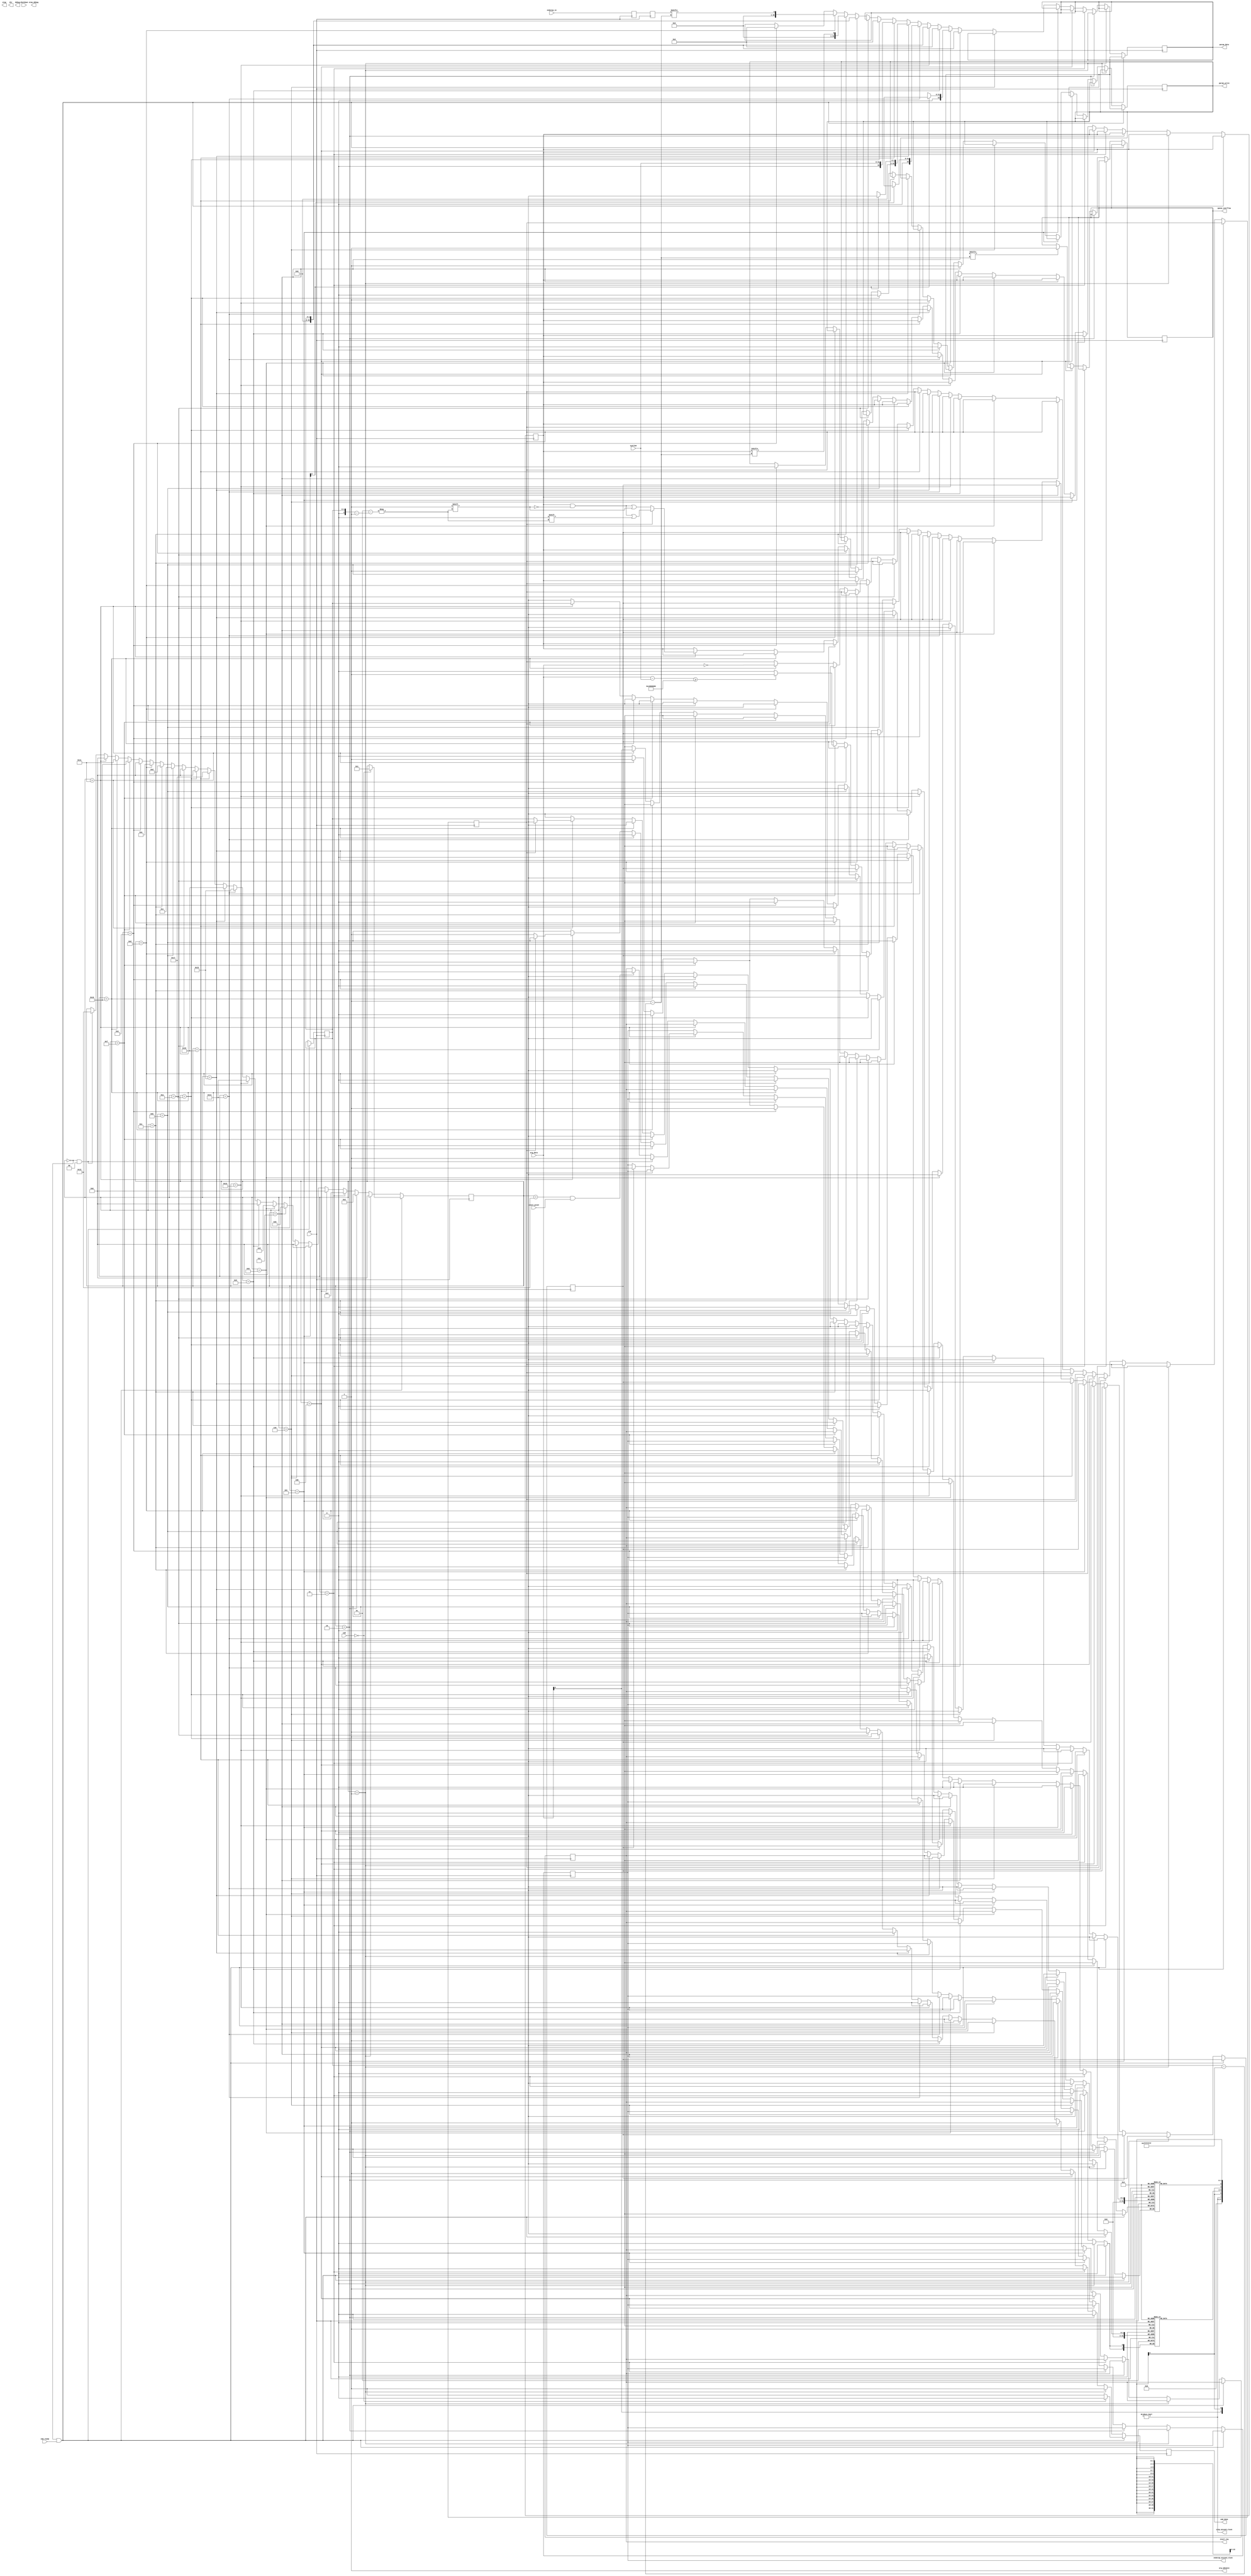
module stepper #(
	parameter NSTEPDIR = 0,
	parameter NENDSTOP = 0,
	parameter CMD_BITS = 0,
	parameter CMD_CONFIG_STEPPER = 0,
	parameter CMD_QUEUE_STEP = 0,
	parameter CMD_SET_NEXT_STEP_DIR = 0,
	parameter CMD_RESET_STEP_CLOCK = 0,
	parameter CMD_STEPPER_GET_POS = 0,
	parameter CMD_STEPPER_GET_NEXT = 0,
	parameter CMD_ENDSTOP_SET_STEPPER = 0,
	parameter CMD_ENDSTOP_QUERY = 0,
	parameter CMD_ENDSTOP_HOME = 0,
	parameter RSP_STEPPER_GET_POS = 0,
	parameter RSP_STEPPER_GET_NEXT = 0,
	parameter RSP_ENDSTOP_STATE = 0,
	parameter MOVE_COUNT = 0
) (
	input wire clk,
	input wire [31:0] systime,

	input wire [31:0] arg_data,
	output wire arg_advance,
	input wire [CMD_BITS-1:0] cmd,
	input wire cmd_ready,
	output reg cmd_done = 0,

	output reg [32:0] param_data = 0,
	output reg param_write = 0,

	output reg invol_req = 0,
	input wire invol_grant,

	output wire [NSTEPDIR-1:0] step,
	output wire [NSTEPDIR-1:0] dir,
	input wire [NENDSTOP-1:0] endstop_in,

	input wire shutdown,

	output wire step_missed_clock,
	output reg [$clog2(NSTEPDIR):0] queue_overflow = 0,
	output reg endstop_missed_clock = 0,

	output wire [28:0] debug,
	output wire [15:0] step_debug
);

/*
        cmdtab[CMD_CONFIG_STEPPER] = { UNIT_STEPPER, ARGS_, 1'b0, 1'b0 };
in: <channel> <dedge>
        cmdtab[CMD_QUEUE_STEP] = { UNIT_STEPPER, ARGS_, 1'b0, 1'b0 };
in: <channel> <interval> <count> <add>
        cmdtab[CMD_SET_NEXT_STEP_DIR] = { UNIT_STEPPER, ARGS_, 1'b0, 1'b0 };
in: <channel> <dir>
        cmdtab[CMD_RESET_STEP_CLOCK] = { UNIT_STEPPER, ARGS_, 1'b0, 1'b0 };
in: <channel> <time>
        cmdtab[CMD_STEPPER_GET_POS] = { UNIT_STEPPER, ARGS_, 1'b0, 1'b0 };
in: <channel>
RSP_STEPPER_GET_POS
out: <position>
        cmdtab[CMD_ENDSTOP_SET_STEPPER] = { UNIT_STEPPER, ARGS_, 1'b0, 1'b0 };
in: <endstop-channel> <stepper-channel>
        cmdtab[CMD_ENDSTOP_QUERY] = { UNIT_STEPPER, ARGS_, 1'b0, 1'b0 };
in: <channel>
RSP_ENDSTOP_QUERY
out: <homing> <pin_value>
        cmdtab[CMD_ENDSTOP_HOME] = { UNIT_STEPPER, ARGS_, 1'b0, 1'b0 };
in: <endstop-channel> <time> <sample_count> <pin_value>

*/

/*
 * queue is 72 bits wide:
 * <dir:1> <interval:22> <count:26> <add:20> <move type:3>
 */
localparam MOVE_TYPE_KLIPPER = 3'b000;
localparam MOVE_TYPE_BITS = 3;
localparam STEP_INTERVAL_BITS = 32;
localparam STEP_COUNT_BITS = 32;
localparam STEP_ADD_BITS = 32;
localparam STEP_DATA_WIDTH = MOVE_TYPE_BITS + STEP_INTERVAL_BITS + STEP_COUNT_BITS + STEP_ADD_BITS + 1;
wire [STEP_DATA_WIDTH-1:0] step_queue_wr_data;
reg [NSTEPDIR-1:0] step_queue_wr_en = 0;
wire [NSTEPDIR-1:0] step_queue_empty;
reg [NSTEPDIR-1:0] step_next_dir = 0;
reg [NSTEPDIR-1:0] step_reset;
wire [31:0] step_position[NSTEPDIR];
wire [31:0] step_next_step_time[NSTEPDIR];
reg [NSTEPDIR-1:0] dedge = 0;
reg [31:0] reset_clock = 0;
reg [NSTEPDIR-1:0] do_reset_clock = 0;
wire [NSTEPDIR-1:0] g_step_missed_clock;
wire [NSTEPDIR-1:0] step_queue_full;
wire [15:0] g_step_debug [NSTEPDIR];
wire [$clog2(MOVE_COUNT)-1:0] g_elemcnt[NSTEPDIR];

genvar stepdir_gi;
generate
	for (stepdir_gi = 0; stepdir_gi < NSTEPDIR; stepdir_gi = stepdir_gi + 1) begin : genstepdir
		stepdir #(
			.MOVE_TYPE_KLIPPER(MOVE_TYPE_KLIPPER),
			.MOVE_TYPE_BITS(MOVE_TYPE_BITS),
			.STEP_INTERVAL_BITS(STEP_INTERVAL_BITS),
			.STEP_COUNT_BITS(STEP_COUNT_BITS),
			.STEP_ADD_BITS(STEP_ADD_BITS),
			.MOVE_COUNT(MOVE_COUNT)
		) u_stepdir (
			.clk(clk),
			.queue_wr_data(step_queue_wr_data),
			.queue_wr_en(step_queue_wr_en[stepdir_gi]),
			.queue_empty(step_queue_empty[stepdir_gi]),
			.reset(step_reset[stepdir_gi]),
			.dedge(dedge[stepdir_gi]),
			.do_reset_clock(do_reset_clock[stepdir_gi]),
			.reset_clock(reset_clock),
			.clock(systime),
			.step(step[stepdir_gi]),
			.dir(dir[stepdir_gi]),
			.position(step_position[stepdir_gi]),
			.next_step_time(step_next_step_time[stepdir_gi]),
			.missed_clock(g_step_missed_clock[stepdir_gi]),
			.queue_full(step_queue_full[stepdir_gi]),
			.elemcnt(g_elemcnt[stepdir_gi]),
			.debug(g_step_debug[stepdir_gi])
		);
	end
endgenerate

assign step_missed_clock = g_step_missed_clock != 0;

/*
 * endstops
 */
reg [NENDSTOP-1:0] endstop_homing = 0;
reg [NSTEPDIR-1:0] endstop_stepper[NENDSTOP-1:0];
reg [31:0] endstop_time[NENDSTOP-1:0];
reg [23:0] endstop_sample_count[NENDSTOP-1:0];
reg [23:0] endstop_sample_cnt[NENDSTOP-1:0];
reg endstop_pin_value[NENDSTOP];
reg [NSTEPDIR-1:0] endstop_step_reset[NENDSTOP-1:0];
reg [NSTEPDIR-1:0] need_reset = 0;
reg [NENDSTOP-1:0] endstop_send_state = 0;
localparam ES_IDLE = 0;
localparam ES_WAIT_FOR_CLOCK = 1;
localparam ES_REST = 2;
localparam ES_SAMPLE = 3;
reg [1:0] endstop_state[NENDSTOP-1:0];
reg [1:0] prev_state = 0;
initial begin: init_endstop1
	integer i;

	for (i = 0; i < NENDSTOP; i = i + 1) begin
		endstop_stepper[i] = 0;
		endstop_step_reset[i] = 0;
		endstop_time[i] = 0;
		endstop_sample_count[i] = 0;
		endstop_sample_cnt[i] = 0;
		endstop_pin_value[i] = 0;
		endstop_state[i] = 0;
	end
end
always @(*) begin: init_endstop2
	integer i;
	if (shutdown)
		step_reset = { NSTEPDIR { 1'b1 }};
	else
		step_reset = 0;
	for (i = 0; i < NENDSTOP; i = i + 1) begin
		if (endstop_step_reset[i]) begin
			step_reset = step_reset | endstop_stepper[i];
		end
	end
end

reg [NENDSTOP-1:0] _endstop = 0;
reg [NENDSTOP-1:0] endstop = 0;
always @(posedge clk) begin
	_endstop <= endstop_in;
	endstop <= _endstop;
end

localparam CHANNEL_BITS = $clog2(NENDSTOP > NSTEPDIR ? NENDSTOP : NSTEPDIR);
reg [CHANNEL_BITS-1:0] channel = 0;

/* registers that compose the queue_write signal */
reg [STEP_INTERVAL_BITS-1:0] q_interval = 0;
reg [STEP_COUNT_BITS-1:0] q_count = 0;
reg [STEP_ADD_BITS-1:0] q_add = 0;
assign step_queue_wr_data = { step_next_dir[channel], q_interval, q_count, q_add, MOVE_TYPE_KLIPPER };

localparam PS_IDLE			= 0;
localparam PS_CONFIG_STEPPER_1		= 1;
localparam PS_QUEUE_STEP_1		= 2;
localparam PS_QUEUE_STEP_2		= 3;
localparam PS_QUEUE_STEP_3		= 4;
localparam PS_SET_NEXT_STEP_DIR_1	= 5;
localparam PS_RESET_STEP_CLOCK_1	= 6;
localparam PS_STEPPER_GET_POS_1		= 7;
localparam PS_STEPPER_GET_POS_2		= 8;
localparam PS_STEPPER_GET_POS_3		= 9;
localparam PS_ENDSTOP_SET_STEPPER_1	= 10;
localparam PS_ENDSTOP_QUERY_1		= 11;
localparam PS_ENDSTOP_QUERY_2		= 12;
localparam PS_ENDSTOP_QUERY_3		= 13;
localparam PS_ENDSTOP_QUERY_4		= 14;
localparam PS_ENDSTOP_HOME_1		= 15;
localparam PS_ENDSTOP_HOME_2		= 16;
localparam PS_ENDSTOP_HOME_3		= 17;
localparam PS_WAIT_GRANT		= 18;
localparam PS_STEPPER_GET_NEXT_1	= 19;
localparam PS_STEPPER_GET_NEXT_2	= 20;
localparam PS_STEPPER_GET_NEXT_3	= 21;
localparam PS_STEPPER_GET_NEXT_4	= 22;
localparam PS_STEPPER_GET_NEXT_5	= 23;
localparam PS_MAX			= 23;

localparam PS_BITS = $clog2(PS_MAX + 1);
localparam NENDSTOP_BITS = $clog2(NENDSTOP);
localparam NSTEPDIR_BITS = $clog2(NSTEPDIR);
reg [PS_BITS-1:0] state = PS_IDLE;
reg temp_reg = 0;
/* just keep asserted, we'll read one arg per clock */
assign arg_advance = 1;
reg _missed = 0;
reg loop_done;
always @(posedge clk) begin: main
	integer i;

	if (cmd_done)
		cmd_done <= 0;
	do_reset_clock <= 0;
	step_queue_wr_en <= 0;

	/* discard all moves to the next reset_step */
	need_reset <= need_reset | step_reset;

	if (state == PS_IDLE && cmd_ready) begin
		// common to all cmds
		channel <= arg_data[NSTEPDIR_BITS-1:0];
		if (cmd == CMD_CONFIG_STEPPER) begin
			state <= PS_CONFIG_STEPPER_1;
		end else if (cmd == CMD_QUEUE_STEP) begin
			state <= PS_QUEUE_STEP_1;
		end else if (cmd == CMD_SET_NEXT_STEP_DIR) begin
			state <= PS_SET_NEXT_STEP_DIR_1;
		end else if (cmd == CMD_RESET_STEP_CLOCK) begin
			state <= PS_RESET_STEP_CLOCK_1;
		end else if (cmd == CMD_STEPPER_GET_POS) begin
			state <= PS_STEPPER_GET_POS_1;
		end else if (cmd == CMD_STEPPER_GET_NEXT) begin
			state <= PS_STEPPER_GET_NEXT_1;
		end else if (cmd == CMD_ENDSTOP_SET_STEPPER) begin
			state <= PS_ENDSTOP_SET_STEPPER_1;
		end else if (cmd == CMD_ENDSTOP_QUERY) begin
			state <= PS_ENDSTOP_QUERY_1;
		end else if (cmd == CMD_ENDSTOP_HOME) begin
			state <= PS_ENDSTOP_HOME_1;
		end else begin
			cmd_done <= 1;
		end
	end else if (state == PS_CONFIG_STEPPER_1) begin
		dedge[channel] <= arg_data[0];
		cmd_done <= 1;
		state <= PS_IDLE;
	end else if (state == PS_QUEUE_STEP_1) begin
		/* <channel> <interval> <count> <add> */
		q_interval <= arg_data[STEP_INTERVAL_BITS-1:0];
		state <= PS_QUEUE_STEP_2;
	end else if (state == PS_QUEUE_STEP_2) begin
		q_count <= arg_data[STEP_COUNT_BITS-1:0];
		state <= PS_QUEUE_STEP_3;
	end else if (state == PS_QUEUE_STEP_3) begin
		q_add <= arg_data[STEP_ADD_BITS-1:0];
		if (!need_reset[channel] && !step_reset[channel])
			step_queue_wr_en[channel] <= 1;
		if (step_queue_full[channel])
			queue_overflow <= { channel, 1'b1 };
		cmd_done <= 1;
		state <= PS_IDLE;
	end else if (state == PS_SET_NEXT_STEP_DIR_1) begin
		step_next_dir[channel] <= arg_data[0];
		cmd_done <= 1;
		state <= PS_IDLE;
	end else if (state == PS_RESET_STEP_CLOCK_1) begin
		/* one clock delay in stepdir */
		reset_clock <= arg_data - 1;
		do_reset_clock[channel] <= 1;
		need_reset[channel] <= 0;
		cmd_done <= 1;
		state <= PS_IDLE;
	end else if (state == PS_STEPPER_GET_POS_1) begin
		param_data <= channel;
		param_write <= 1;
		state <= PS_STEPPER_GET_POS_2;
	end else if (state == PS_STEPPER_GET_POS_2) begin
		param_data <= step_position[channel];
		state <= PS_STEPPER_GET_POS_3;
	end else if (state == PS_STEPPER_GET_POS_3) begin
		cmd_done <= 1;
		param_write <= 0;
		param_data <= RSP_STEPPER_GET_POS;
		state <= PS_IDLE;
	end else if (state == PS_STEPPER_GET_NEXT_1) begin
		param_data <= channel;
		param_write <= 1;
		state <= PS_STEPPER_GET_NEXT_2;
	end else if (state == PS_STEPPER_GET_NEXT_2) begin
		param_data <= step_next_step_time[channel];
		state <= PS_STEPPER_GET_NEXT_3;
	end else if (state == PS_STEPPER_GET_NEXT_3) begin
		param_data <= g_elemcnt[channel];
		state <= PS_STEPPER_GET_NEXT_4;
	end else if (state == PS_STEPPER_GET_NEXT_4) begin
		param_data <= systime;
		state <= PS_STEPPER_GET_NEXT_5;
	end else if (state == PS_STEPPER_GET_NEXT_5) begin
		cmd_done <= 1;
		param_write <= 0;
		param_data <= RSP_STEPPER_GET_NEXT;
		state <= PS_IDLE;
	end else if (state == PS_ENDSTOP_SET_STEPPER_1) begin
		/* <endstop-channel> <stepper-channel> */
		endstop_stepper[channel][arg_data[NSTEPDIR_BITS-1:0]] <= 1;
		cmd_done <= 1;
		state <= PS_IDLE;
	end else if (state == PS_ENDSTOP_QUERY_1) begin
		param_data <= channel;
		param_write <= 1;
		state <= PS_ENDSTOP_QUERY_2;
	end else if (state == PS_ENDSTOP_QUERY_2) begin
		param_data <= endstop_homing[channel];
		state <= PS_ENDSTOP_QUERY_3;
	end else if (state == PS_ENDSTOP_QUERY_3) begin
		param_data <= endstop[channel];
		state <= PS_ENDSTOP_QUERY_4;
	end else if (state == PS_ENDSTOP_QUERY_4) begin
		cmd_done <= 1;
		param_write <= 0;
		param_data <= RSP_ENDSTOP_STATE;
		state <= PS_IDLE;
	end else if (state == PS_ENDSTOP_HOME_1) begin
		/* <endstop-channel> <time> <sample_count> <pin_value> */
		endstop_time[channel] <= arg_data;
		_missed <= 0;
		if (arg_data - systime >= 32'hc0000000)
			_missed <= 1;
		state <= PS_ENDSTOP_HOME_2;
	end else if (state == PS_ENDSTOP_HOME_2) begin
		endstop_sample_count[channel] <= arg_data;
		state <= PS_ENDSTOP_HOME_3;
		temp_reg <= arg_data == 0;
	end else if (state == PS_ENDSTOP_HOME_3) begin
		endstop_pin_value[channel] <= arg_data;
		if (temp_reg) begin
			endstop_homing[channel] <= 0;	/* sample_count 0, cancel homing */
		end else begin
			endstop_homing[channel] <= 1;
			endstop_state[channel] <= ES_WAIT_FOR_CLOCK;
			if (_missed)
				endstop_missed_clock <= 1;
		end
		cmd_done <= 1;
		state <= PS_IDLE;
	/* send endstop state when in idle */
	end else if (state == PS_IDLE && endstop_send_state) begin
		invol_req <= 1;
		state <= PS_WAIT_GRANT;
	end else if (state == PS_WAIT_GRANT && invol_grant) begin
		invol_req <= 0;
		/* verilator lint_off BLKSEQ */
		loop_done = 0;
		for (i = 0; i < NENDSTOP; i = i + 1) begin
			if (!loop_done && endstop_send_state[i]) begin
				endstop_send_state[i] <= 0;
				channel <= i;
				state <= PS_ENDSTOP_QUERY_1;
				loop_done = 1;
			end
		end
		/* verilator lint_on BLKSEQ */
	end

	/*
	 * endstop homing engine
	 */
	for (i = 0; i < NENDSTOP; i = i + 1) begin
		endstop_step_reset[i] <= 0;
		if (endstop_homing[i]) begin
			if (endstop_state[i] == ES_WAIT_FOR_CLOCK) begin
				if (endstop_time[i] == systime) begin
					endstop_state[i] <= ES_REST;
				end
			end else if (endstop_state[i] == ES_REST) begin
				if (endstop[i] == endstop_pin_value[i]) begin
					endstop_state[i] <= ES_SAMPLE;
					endstop_sample_cnt[i] <= endstop_sample_count[i];
				end
			end else if (endstop_state[i] == ES_SAMPLE) begin
				if (endstop[i] != endstop_pin_value[i]) begin
					endstop_state[i] <= ES_REST;
				end else begin
					if (endstop_sample_cnt[i] == 1) begin
						/* endstop triggered */
						endstop_homing[i] <= 0;
						/* reset stepper */
						endstop_step_reset[i] <= 1;
						/* send endstop_state */
						endstop_send_state[i] <= 1;
					end else begin
						endstop_sample_cnt[i] <= endstop_sample_cnt[i] - 1;
					end
				end
			end
		end
	end
end

assign debug[0] = endstop_homing[2];
assign debug[1] = endstop_send_state[2];
assign debug[2] = endstop_pin_value[2];
assign debug[3] = endstop[2];
assign debug[5:4] = endstop_state[2];
assign debug[6] = endstop[2];
assign debug[7] = g_step_missed_clock != 0;
assign debug[27:8] = 0;
assign step_debug = g_step_debug[5];

endmodule